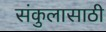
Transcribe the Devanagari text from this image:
संकुलासाठी